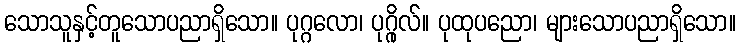
သောသူနှင့်တူသောပညာရှိသော။ ပုဂ္ဂလော၊ ပုဂ္ဂိုလ်။ ပုထုပညော၊ များသောပညာရှိသော။